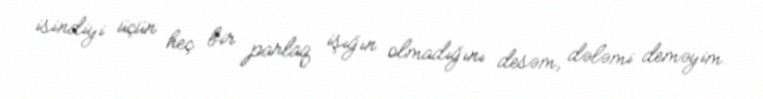
isindiyi üçün heç bir parlaq işığın olmadığını desəm, dələmi deməyim.